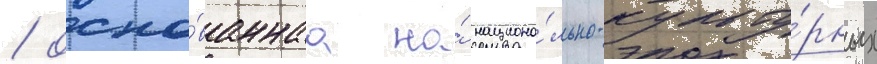
/ осно́ваннаа на́ национа́льно-культу́рных